Annual report of the Punjab Veterinary College and of the Civil Veterinary Department, Punjab - 1926-1932
Year: 1926
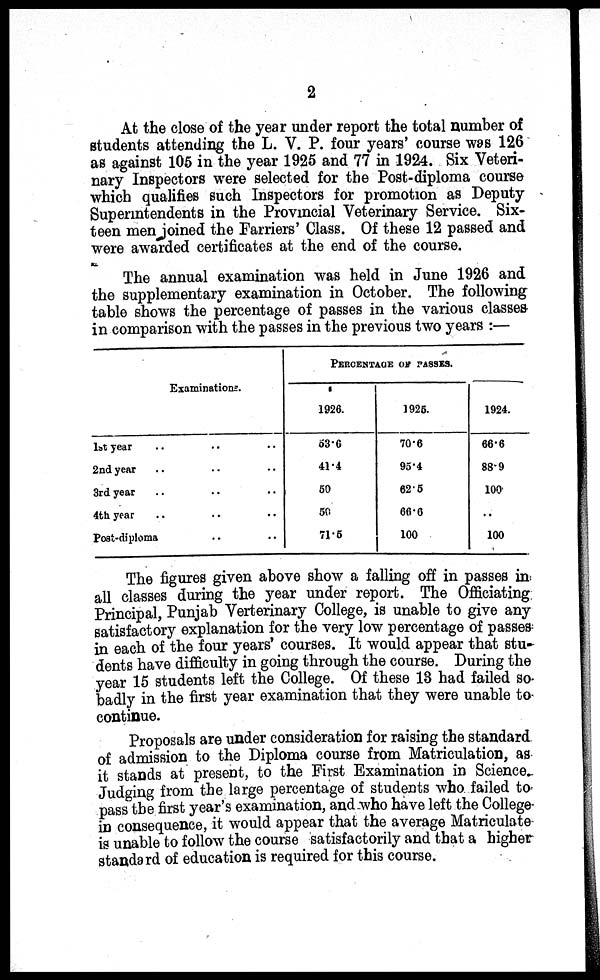
2
At the close of the year under report the total number of
students attending the L. V. P. four years' course was 126
as against 105 in the year 1925 and 77 in 1924. Six Veteri-
nary Inspectors were selected for the Post-diploma course
which qualifies such Inspectors for promotion as Deputy
Superintendents in the Provincial Veterinary Service. Six-
teen men joined the Farriers' Class. Of these 12 passed and
were awarded certificates at the end of the course.
The annual examination was held in June 1926 and
the supplementary examination in October. The following
table shows the percentage of passes in the various classes-
in comparison with the passes in the previous two years:—
Examinations.
1st year .. .. ..
2nd year .. .. ..
3rd year .. .. ..
4th year .. .. ..
Post-diploma .. ..
PERCENTAGE OF PASSES.
1926.
53.6
41.4
50
50
71.5
1925.
70.6
95.4
62.5
66.6
100
1924.
66.6
88.9
100
..
100
The figures given above show a falling off in passes in
all classes during the year under report. The Officiating
Principal, Punjab Verterinary College, is unable to give any
satisfactory explanation for the very low percentage of passes
in each of the four years' courses. It would appear that stu-
dents have difficulty in going through the course. During the
year 15 students left the College. Of these 13 had failed so-
badly in the first year examination that they were unable to
continue.
Proposals are under consideration for raising the standard
of admission to the Diploma course from Matriculation, as
it stands at present, to the First Examination in Science.
Judging from the large percentage of students who failed to
pass the first year's examination, and who have left the College
in consequence, it would appear that the average Matriculate
is unable to follow the course satisfactorily and that a higher
standard of education is required for this course.